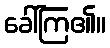
ခေါ်ကြ၏။